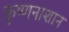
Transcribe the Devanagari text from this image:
कृष्णनाशान